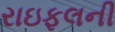
રાઇફલની